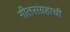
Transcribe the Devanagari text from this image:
गीतसंग्रहाची